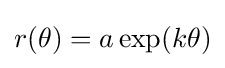
r(\theta )=a\exp(k\theta )